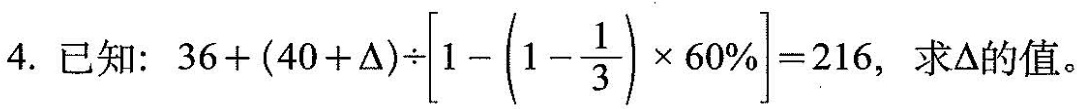
4.已知：$$3 6 + ( 4 0 + △ ) \div [ 1 - ( 1 - \frac { 1 } { 3 } ) \times 6 0 \% ]